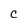
Character: c